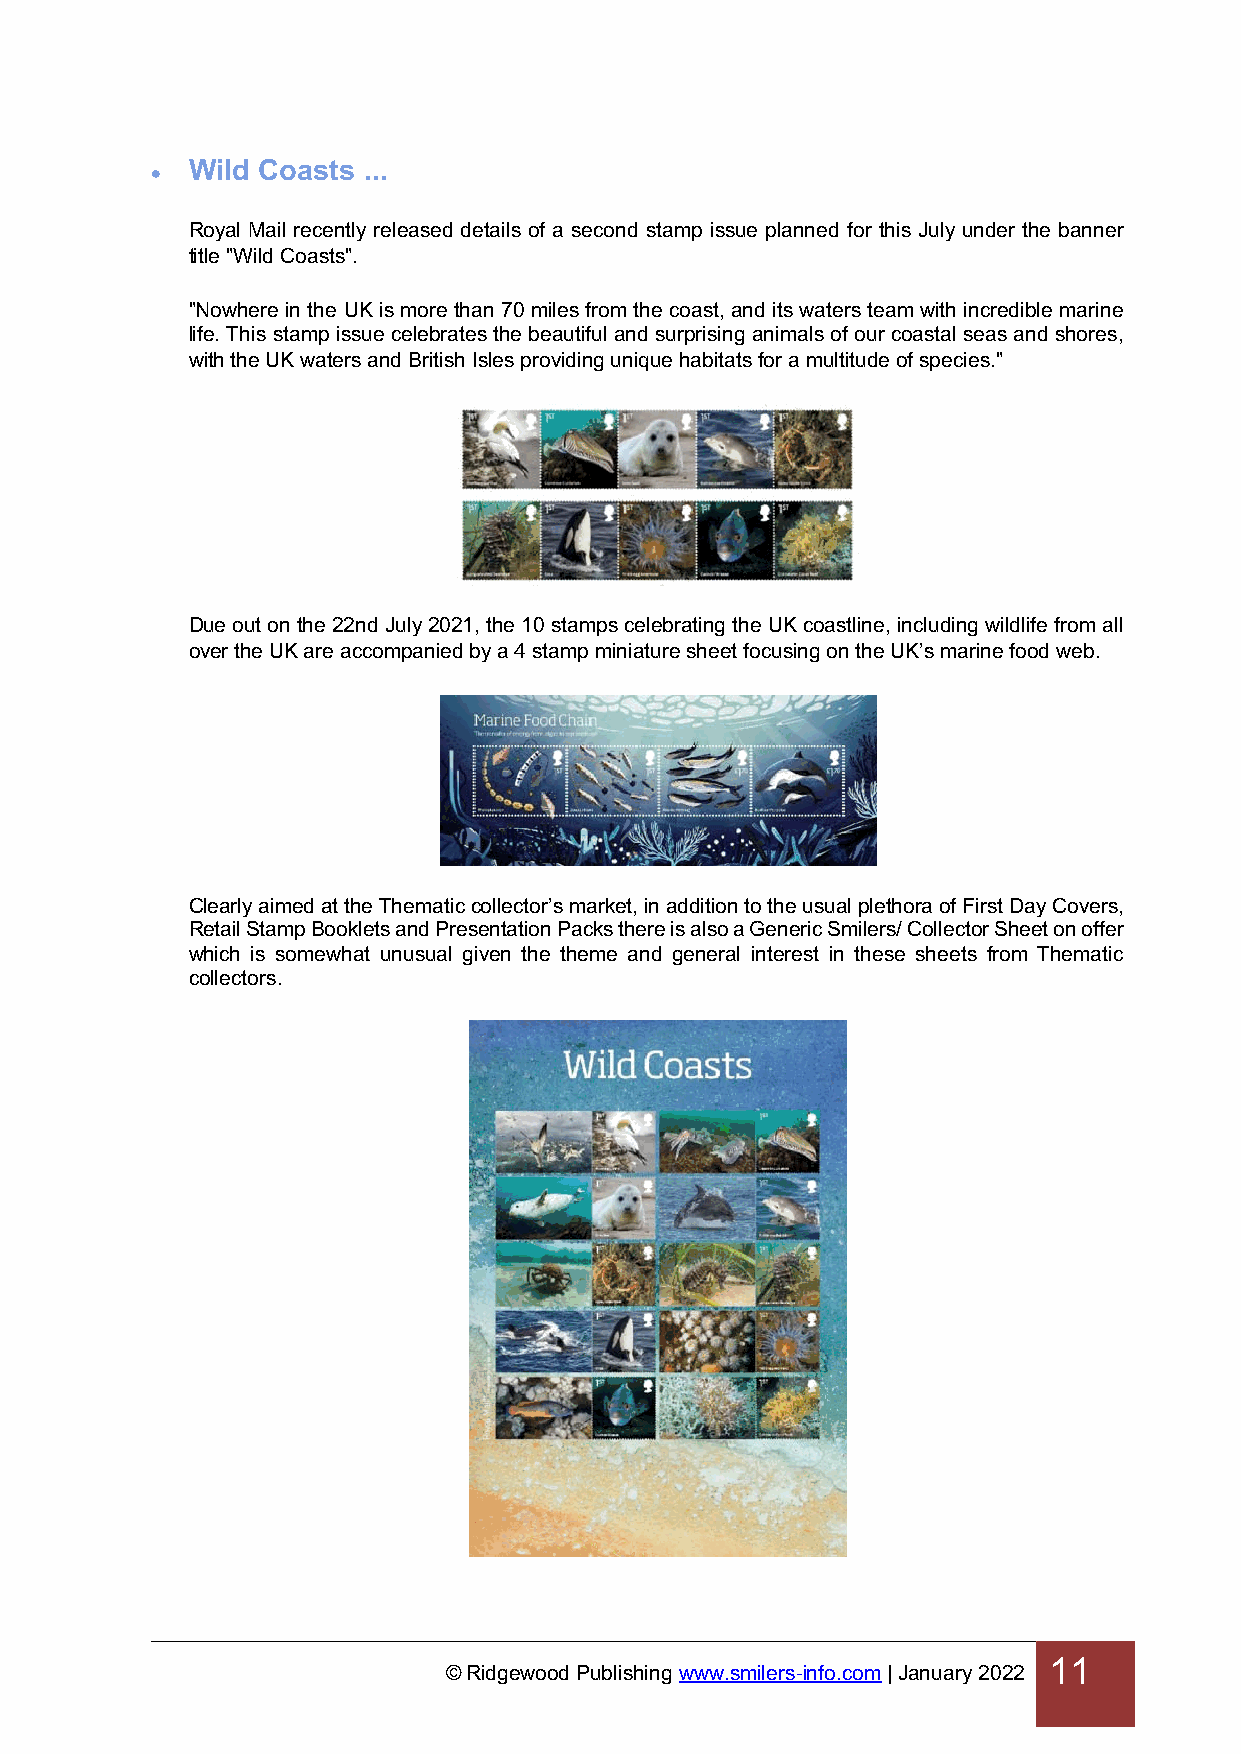
Wild Coasts ...
 •
 Royal Mail recently released details of a second stamp issue planned for this July under the banner
 title "Wild Coasts".
 "Nowhere in the UK is more than 70 miles from the coast, and its waters team with incredible marine
 life. This stamp issue celebrates the beautiful and surprising animals of our coastal seas and shores,
 with the UK waters and British Isles providing unique habitats for a multitude of species."
 Due out on the 22nd July 2021, the 10 stamps celebrating the UK coastline, including wildlife from all
 over the UK are accompanied by a 4 stamp miniature sheet focusing on the UK’s marine food web.
 Clearly aimed at the Thematic collector’s market, in addition to the usual plethora of First Day Covers,
 Retail Stamp Booklets and Presentation Packs there is also a Generic Smilers/ Collector Sheet on offer
 which is somewhat unusual given the theme and general interest in these sheets from Thematic
 collectors.
 11
 © Ridgewood Publishing www.smilers-info.com | January 2022